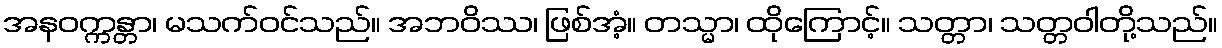
အနဝက္ကန္တာ၊ မသက်ဝင်သည်။ အဘဝိဿ၊ ဖြစ်အံ့။ တသ္မာ၊ ထိုကြောင့်။ သတ္တာ၊ သတ္တဝါတို့သည်။